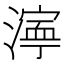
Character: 𬈿